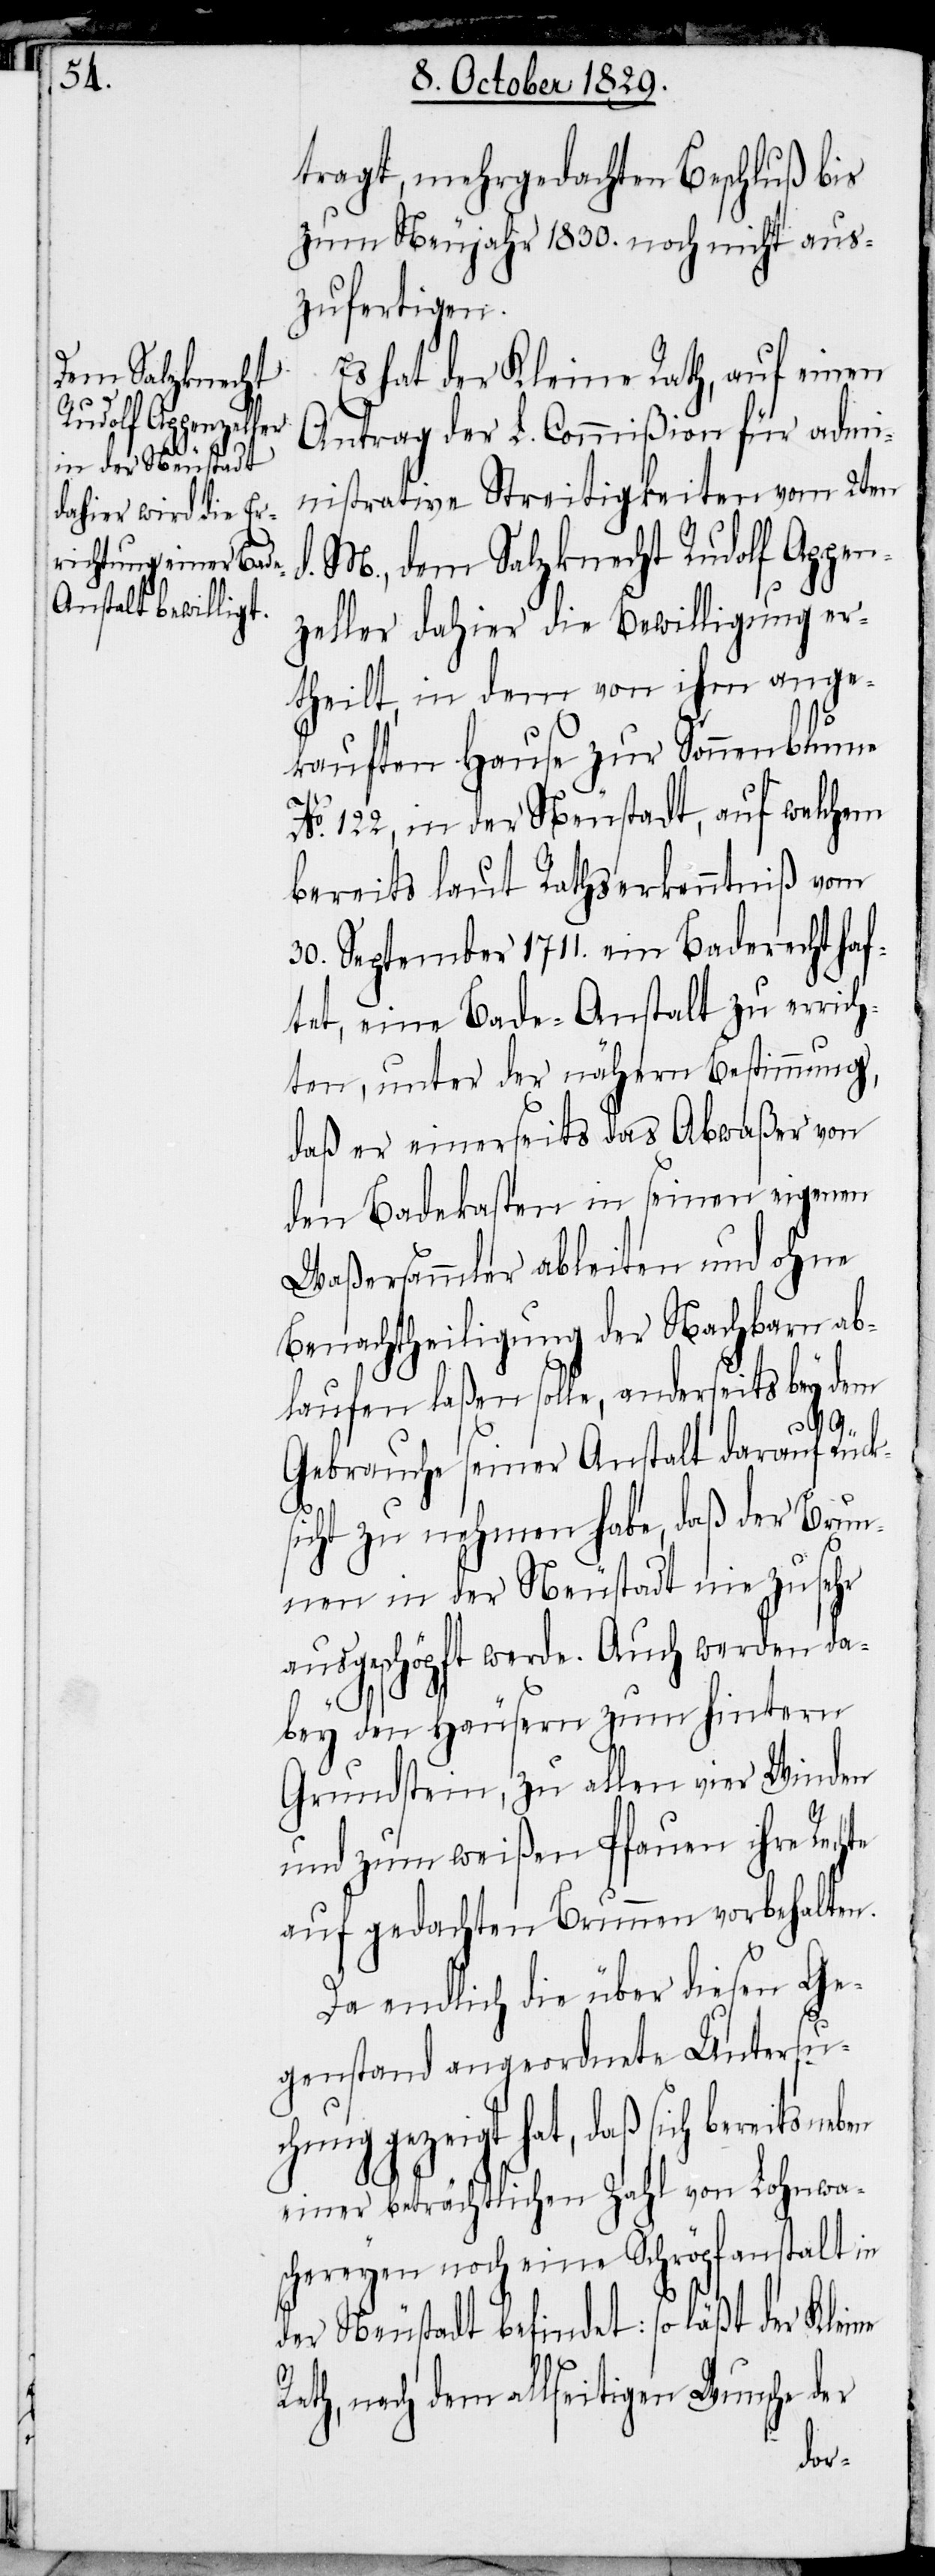
tragt, mehrgedachten Beschluß bis
zum Neujahr 1830. noch nicht aus¬
zufertigen.
Es hat der Kleine Rath, auf einen
Antrag der L. Commißion für admi¬
nistrative Streitigkeiten vom 2ten
d. M., dem Salzknecht Rudolf Appen¬
zeller dahier die Bewilligung er¬
theilt, in dem von ihm ange¬
kauften Hause zur Sonnenblume
No. 122, in der Neustadt, auf welchem
bereits laut Rathserkenntniß vom
30. September 1711. ein Baderecht haf¬
tet, eine Bade-Anstalt zu errich¬
ten, unter der nähern Bestimmung,
daß er einerseits das Abwaßer von
den Badekasten in seinen eigenen
Waßersammler ableiten und ohne
Benachtheiligung der Nachbarn ab¬
laufen laßen solle, anderseits bey dem
Gebrauche seiner Anstalt darauf Rück¬
sicht zu nehmen habe, daß der Brun¬
nen in der Neustadt nie zu sehr
ausgeschöpft werde. Auch werden da¬
bey den Häusern zum hintern
Grundstein, zu allen vier Winden
und zum weißen Pfauen ihre Rechte
auf gedachten Brunnen vorbehalten.
Da endlich die über diesen Ge¬
genstand angeordnete Untersu¬
chung gezeigt hat, daß sich bereits neben
einer beträchtlichen Zahl von Lohnwa¬
schereyen noch eine Schröpfanstalt in
der Neustadt befindet: so läßt der Kleine
Rath, nach dem allseitigen Wunsche der